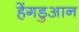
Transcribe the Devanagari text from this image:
हेंगडुआन